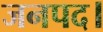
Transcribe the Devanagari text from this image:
जनपद।